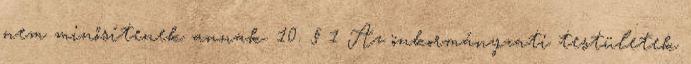
nem minősítenek annak. 10. § 1 Az önkormányzati testületek